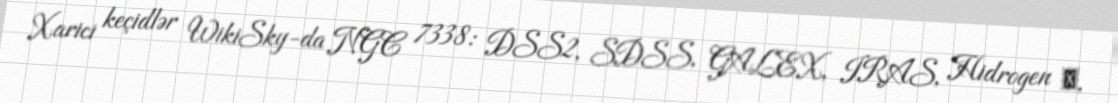
Xarici keçidlər WikiSky-da NGC 7338: DSS2, SDSS, GALEX, IRAS, Hidrogen α,